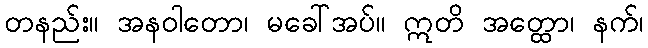
တနည်း။ အနဝါတော၊ မခေါ်အပ်။ ဣတိ အတ္ထော၊ နက်၊